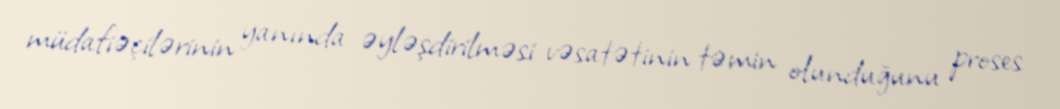
müdafiəçilərinin yanında əyləşdirilməsi vəsatətinin təmin olunduğunu proses